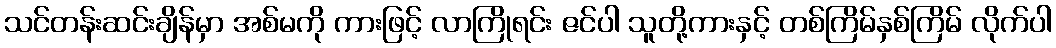
သင်တန်းဆင်းချိန်မှာ အစ်မကို ကားဖြင့် လာကြိုရင်း ဇင်ပါ သူတို့ကားနှင့် တစ်ကြိမ်နှစ်ကြိမ် လိုက်ပါ